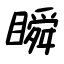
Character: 瞬